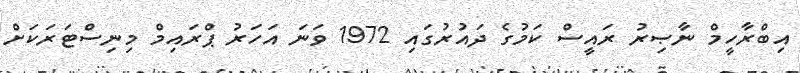
އިބްރާހީމް ނާޞިރު ރައީސް ކަމުގެ ދައުރުގައި 1972 ވަނަ އަހަރު ޕްރައިމް މިނިސްޓަރަކަށް